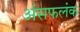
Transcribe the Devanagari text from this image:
अंसफलंक